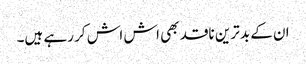
ان کے بد ترین ناقد بھی اش اش کر رہے ہیں۔